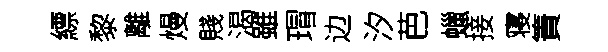
縹黎離熳賤渴雖瑁边汐芭蠟接寝簀